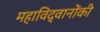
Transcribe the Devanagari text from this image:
महाविद्वानोंकी